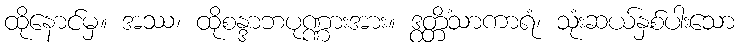
ထိုနောင်မှ။ အဿ၊ ထိုစန္ဒာဘပုဏ္ဏားအား။ ဒွတ္တိံသာကာရံ၊ သုံးဆယ်နှစ်ပါးသော